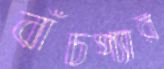
বাঁচপ্যার